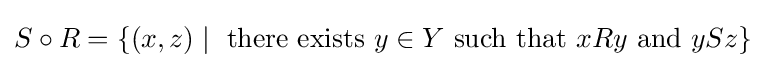
S\circ R=\{(x,z)\mid {\text{ there exists }}y\in Y{\text{ such that }}xRy{\text{ and }}ySz\}